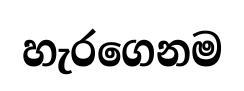
හැරගෙනම